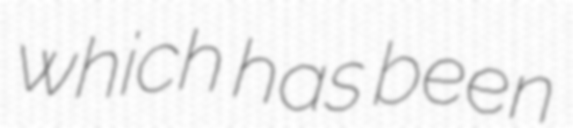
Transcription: which has been